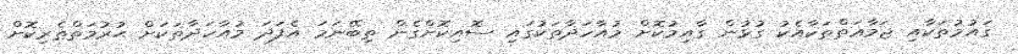
ގައުމުތަކާއި ޖަމާޢަތްތަކާއެކު ގުޅުން ގާއިމުކޮށް މުއާހަދާތަކުގައި ސޮއިކޮށްގެން ތިބޭނަމަ އެފަދަ މުއާހަދާތަކަށް ޙުރުމަތްތެރިކޮށް